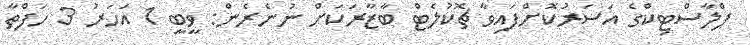
ޕްލާސްޓިކްގެ އަސަރުކޮށްފައިވާ ޗޮކުލެޓް ބާޒާރަކަށް ނުނެރެން: ވީބީ 1 އަހަރު 3 ހަފްތާ